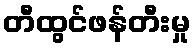
တီထွင်ဖန်တီးမှု